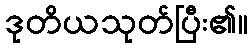
ဒုတိယသုတ်ပြီး၏။